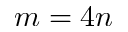
m = 4 n